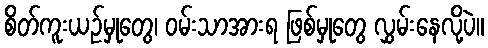
စိတ်ကူးယဉ်မှုတွေ၊ ဝမ်းသာအားရ ဖြစ်မှုတွေ လွှမ်းနေလို့ပဲ။